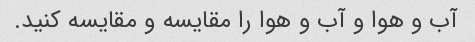
آب و هوا و آب و هوا را مقایسه و مقایسه کنید.